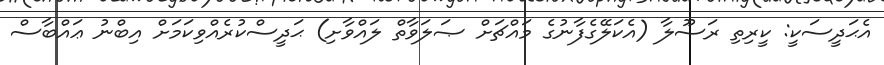
އެޙަދީސަކީ: ކީރިތި ރަސޫލާ (އެކަލޭގެފާނުގެ މައްޗަށް ޞަލަވާތް ލައްވާށި) ޙަދީސްކުރެއްވިކަމަށް އިބްނު ޢައްބާސް